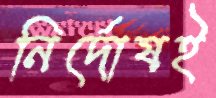
নির্দোষই